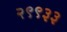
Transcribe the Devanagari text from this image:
२९९३३